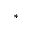
^ *